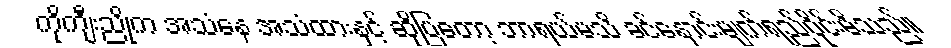
ကိုကျီးညိုက အသံနေ အသံထားနှင့် ဆိုပြတော့ ဘာရယ်မသိ ခင်နှောင်းမျက်ရည်ဝိုင်းမိသည်။